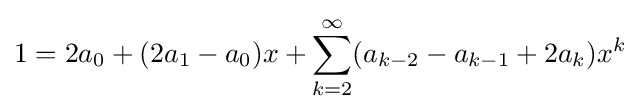
1=2a_{0}+(2a_{1}-a_{0})x+\sum _{k=2}^{\infty }(a_{k-2}-a_{k-1}+2a_{k})x^{k}